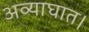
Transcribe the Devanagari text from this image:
अव्याघात।